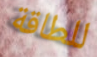
للطاقة